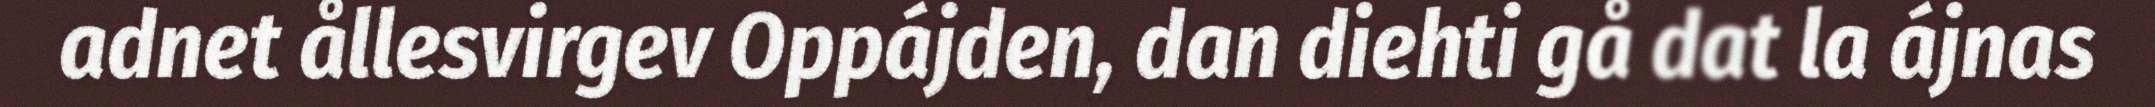
adnet ållesvirgev Oppájden, dan diehti gå dat la ájnas